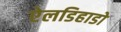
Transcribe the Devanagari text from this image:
ऐलडिहाडो